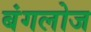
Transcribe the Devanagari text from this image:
बंगलोज